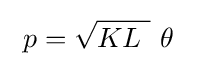
~p={\sqrt {KL~}}~\theta ~